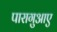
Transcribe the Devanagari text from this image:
पारागुआए